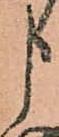
申